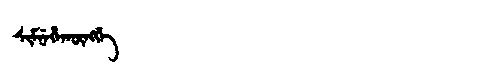
Manchu: ᠰᡳᠮᠨᡝᡥᠠᡴᡡᠩᡤᡝ
Romanization: SIMNEHAKŪNGGE